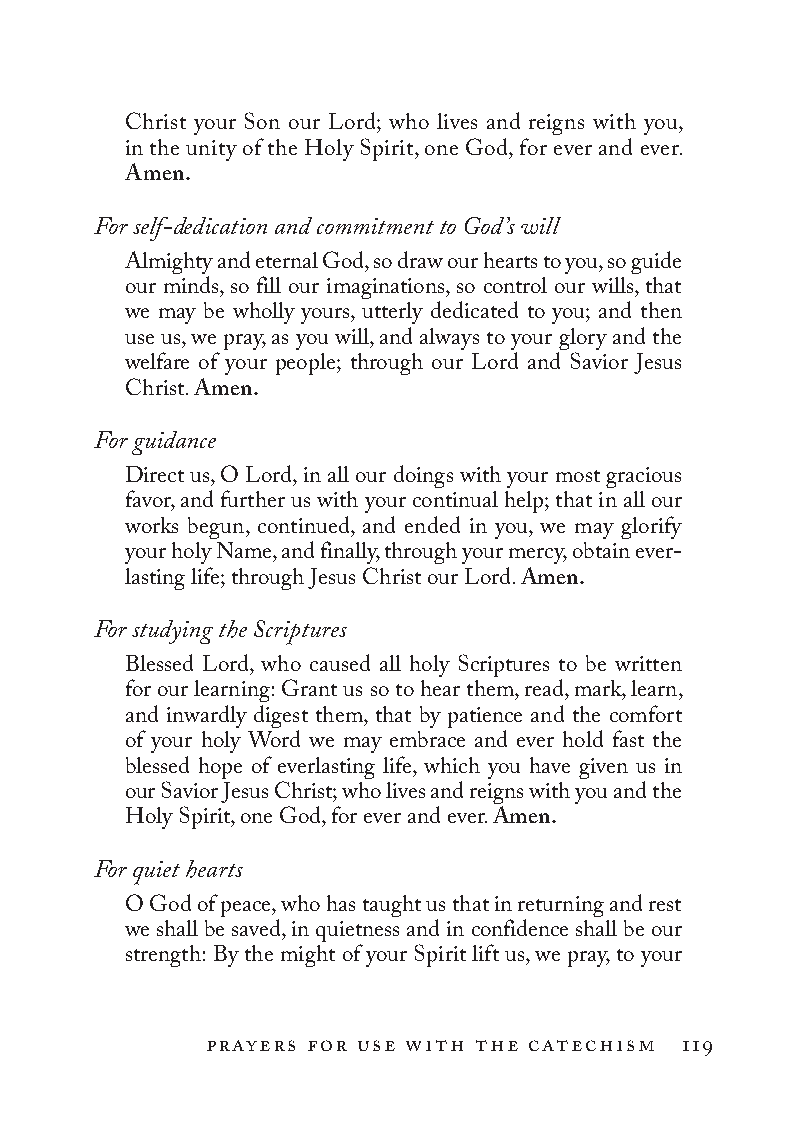
Christ your Son our Lord; who lives and reigns with you,
 in the unity of the Holy Spirit, one God, for ever and ever.
 Amen.
 For self­dedication and commitment to God’s will
 Almighty and eternal God, so draw our hearts to you, so guide
 our minds, so fill our imaginations, so control our wills, that
 we may be wholly yours, utterly dedicated to you; and then
 use us, we pray, as you will, and always to your glory and the
 welfare of your people; through our Lord and Savior Jesus
 Christ. Amen.
 For guidance
 Direct us, O Lord, in all our doings with your most gracious
 favor, and further us with your continual help; that in all our
 works begun, continued, and ended in you, we may glorify
 your holy Name, and finally, through your mercy, obtain ever-
 lasting life; through Jesus Christ our Lord. Amen.
 For studying the Scriptures
 Blessed Lord, who caused all holy Scriptures to be written
 for our learning: Grant us so to hear them, read, mark, learn,
 and inwardly digest them, that by patience and the comfort
 of your holy Word we may embrace and ever hold fast the
 blessed hope of everlasting life, which you have given us in
 our Savior Jesus Christ; who lives and reigns with you and the
 Holy Spirit, one God, for ever and ever. Amen.
 For quiet hearts
 O God of peace, who has taught us that in returning and rest
 we shall be saved, in quietness and in confidence shall be our
 strength: By the might of your Spirit lift us, we pray, to your
 prayers for use with the catechism 119
 To be a Christian.566776.int.indd 119       11/13/19 1:31 PM